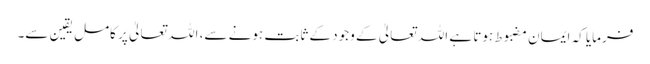
فرمایا کہ ایمان مضبوط ہوتا ہے اللہ تعالیٰ کے وجود کے ثابت ہونے سے، اللہ تعالیٰ پر کامل یقین سے۔